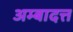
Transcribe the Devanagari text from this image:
अम्बादत्त